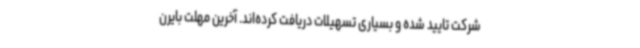
شرکت تایید شده و بسیاری تسهیلات دریافت کرده‌اند. آخرین مهلت بایرن